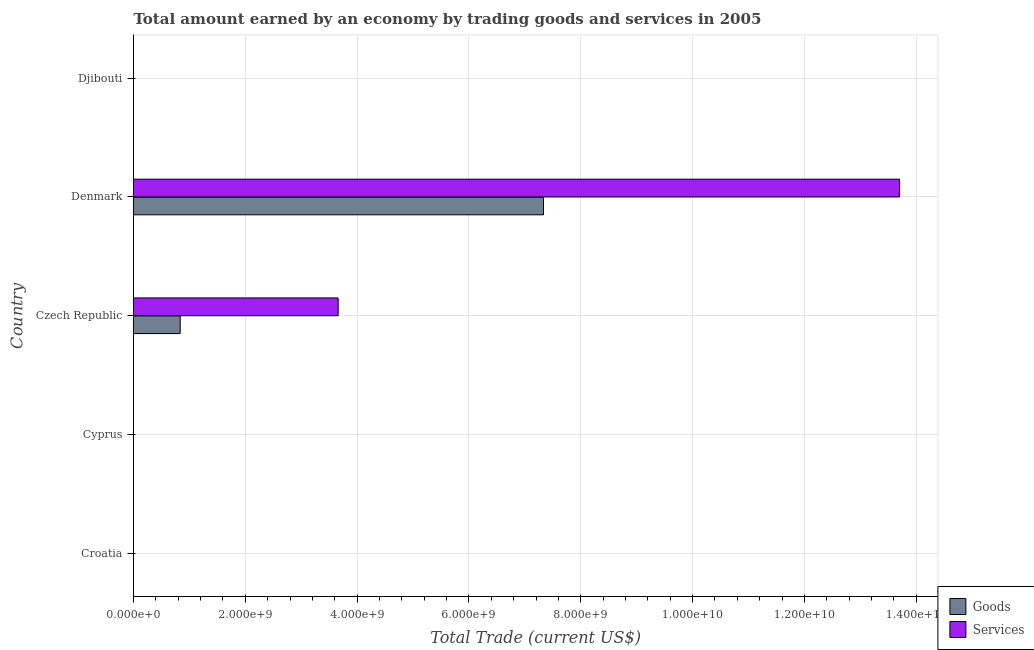
| Country | Goods | Services |
 | --- | --- | --- |
 | Croatia | -9.39e+09 | -2.75e+09 |
 | Cyprus | -3.74e+09 | -4.51e+08 |
 | Czech Republic | 8.35e+08 | 3.66e+09 |
 | Denmark | 7.33e+09 | 1.37e+10 |
 | Djibouti | -2.38e+08 | -7.32e+07 |